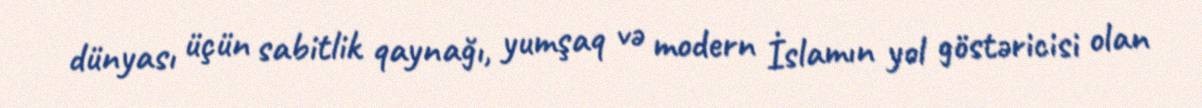
dünyası üçün sabitlik qaynağı, yumşaq və modern İslamın yol göstəricisi olan